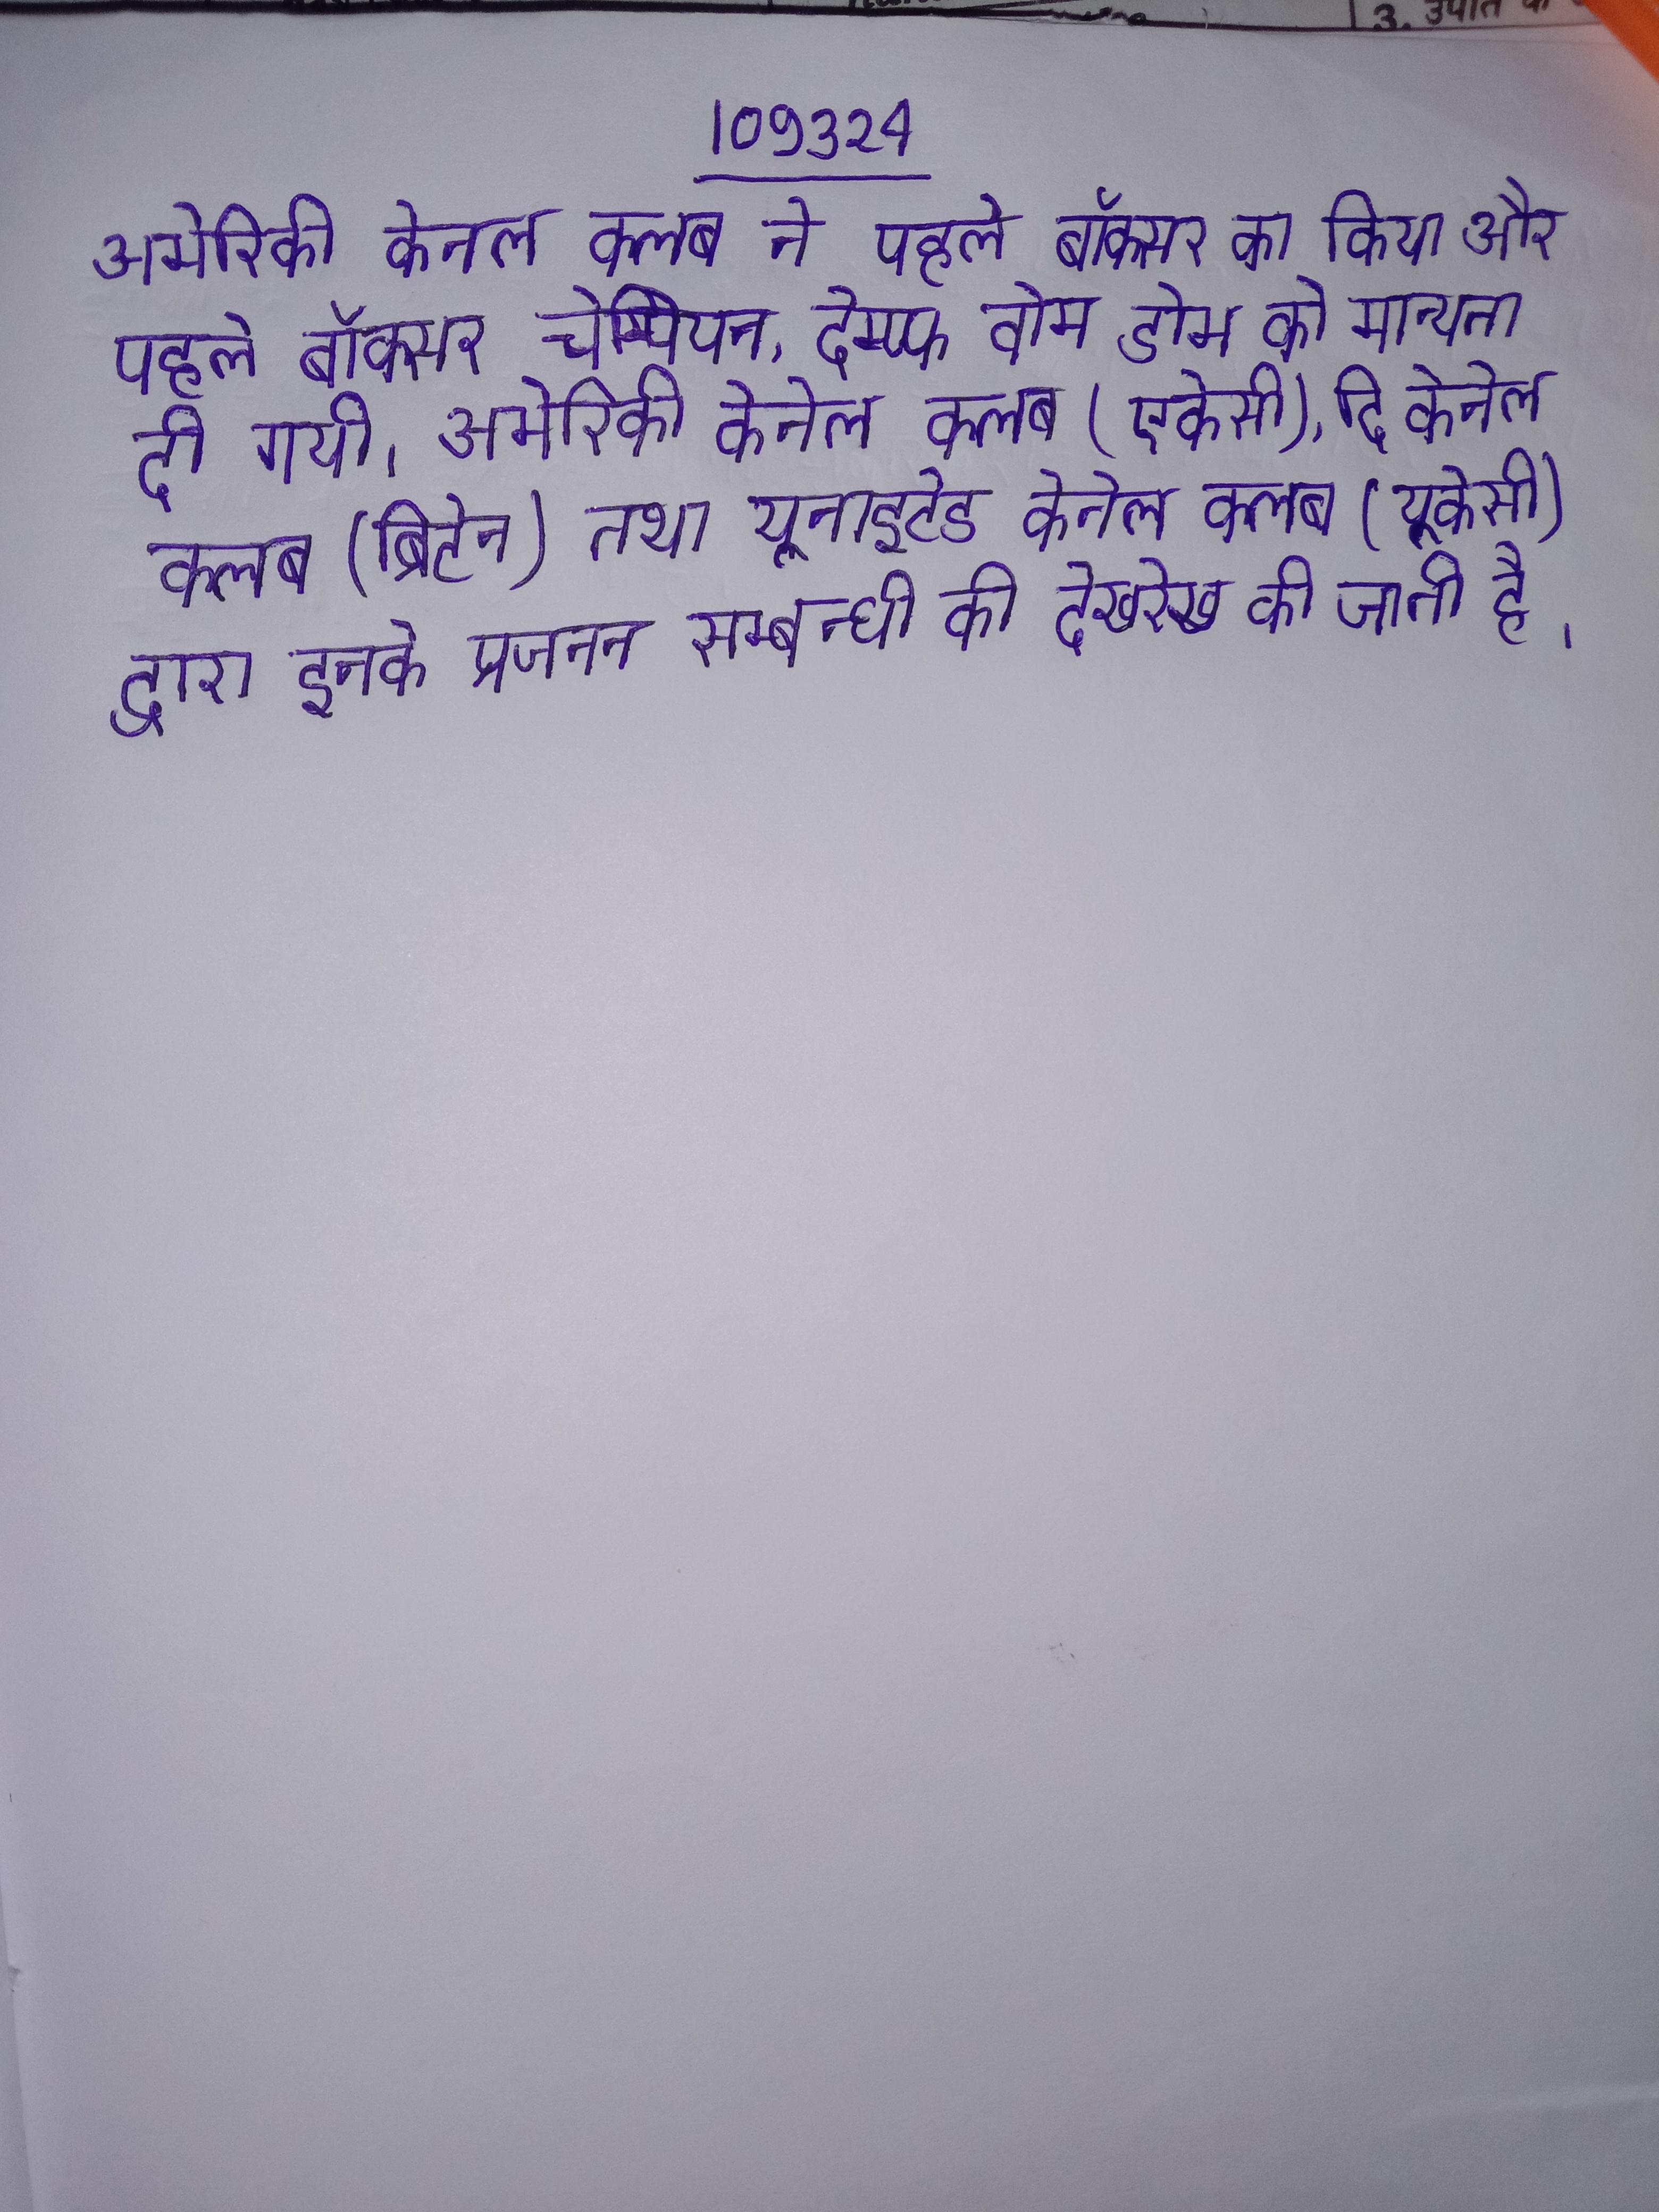
अमेरिकी केनल क्लब ने पहले बॉक्सर का किया और पहले बॉक्सर चेम्पियन, देम्प्फ वोम डोम को मान्यता दी गयी । अमेरिकी केनेल क्लब (एकेसी), दि केनेल क्लब (ब्रिटेन) तथा यूनाइटेड केनेल क्लब (यूकेसी) द्वारा इनके प्रजनन सम्बन्धी की देखरेख की जाती है ।